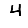
Digit: 4